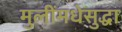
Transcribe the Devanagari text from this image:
मुलींमधेसुद्धा